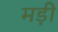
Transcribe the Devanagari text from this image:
मड़ी